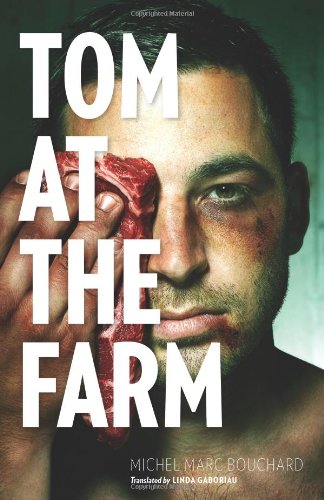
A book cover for Tom at the Farm; Michel Marc Bouchard; Literature & Fiction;